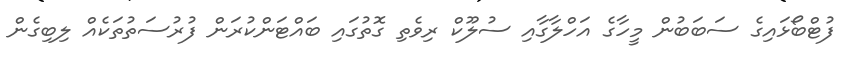
ފުޓްބޯޅައިގެ ސަބަބުން މީހާގެ އަހްލާގާއި ސުލޫކް ރިވެތި ގޮތުގައި ބައްޓަންކުރަން ފުރުސަތުތަކެއް ލިބިގެން